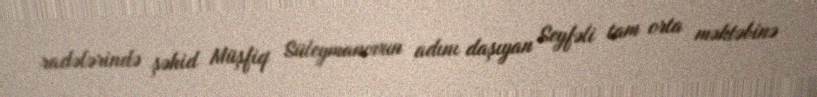
radələrində şəhid Müşfiq Süleymanovun adını daşıyan Seyfəli tam orta məktəbinə